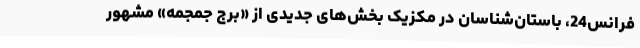
فرانس24، باستان‌شناسان در مکزیک بخش‌های جدیدی از «برج جمجمه‌» مشهور